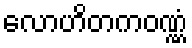
လောဟိတကဝဏ္ဏံ